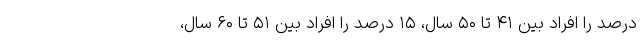
درصد را افراد بین ۴۱ تا ۵۰ سال، ۱۵ درصد را افراد بین ۵۱ تا ۶۰ سال،